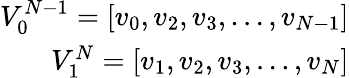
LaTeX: \begin{array}{r}{V_{0}^{N-1}=\left[v_{0},v_{2},v_{3},\ldots,v_{N-1}\right]}\\ {V_{1}^{N}=\left[v_{1},v_{2},v_{3},\ldots,v_{N}\right]}\end{array}